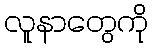
လူနာတွေကို